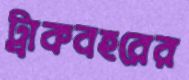
ট্রাকবহরের